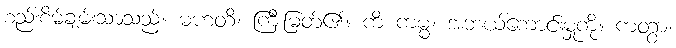
စည်းစိမ်ချမ်းသာသည်။ မဟတိ၊ ကြီးမြတ်၏။ ကိံ ကမ္မံ၊ အဘယ်ကောင်းမှုကို။ ကတွာ၊